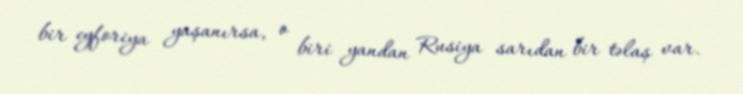
bir eyforiya yaşanırsa, o biri yandan Rusiya sarıdan bir təlaş var.